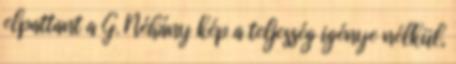
elpattant a G. Néhány kép a teljesség igénye nélkül,